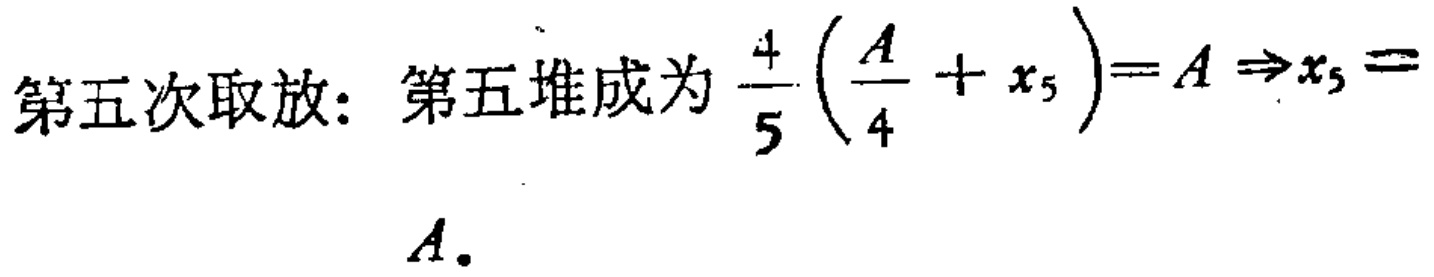
第五次取放：第五堆成为 \(\frac{4}{5}\left(\frac{A}{4}+x_{5}\right)=A\Rightarrow x_{5}=A\)